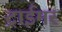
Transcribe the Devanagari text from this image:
ट्राईमर